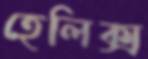
হেলিক্স